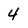
Character: 4